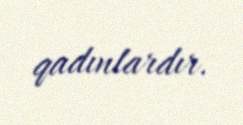
qadınlardır.